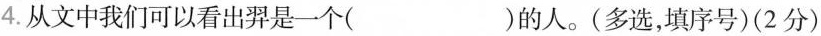
4.从文中我们可以看出羿是一个( )的人。(多选，填序号)(2分)